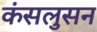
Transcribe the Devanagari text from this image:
कंसलुसन